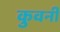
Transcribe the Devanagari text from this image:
कुवर्नी